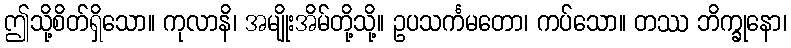
ဤသို့စိတ်ရှိသော။ ကုလာနိ၊ အမျိုးအိမ်တို့သို့။ ဥပသင်္ကမတော၊ ကပ်သော။ တဿ ဘိက္ခုနော၊